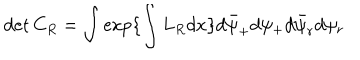
LaTeX: \det { C } _ { R } = \int \exp \{ \int L _ { R } d x \} d \bar { \psi } _ { + } d \psi _ { + } d \bar { \psi } _ { r } d \psi _ { r }